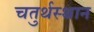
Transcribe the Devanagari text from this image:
चतुर्थस्थान